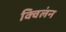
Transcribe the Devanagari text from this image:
क्विलंन